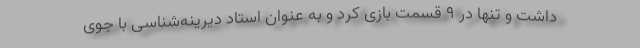
داشت و تنها در ۹ قسمت بازی کرد و به عنوان استاد دیرینه‌شناسی با جوی